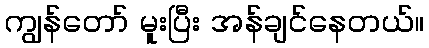
ကျွန်တော် မူးပြီး အန်ချင်နေတယ်။